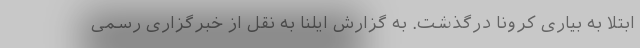
ابتلا به بیاری کرونا درگذشت. به گزارش ایلنا به نقل از خبرگزاری رسمی